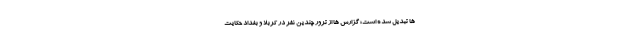
ها تبدیل شده است؛ گزارش ها از ترور چندین نفر در کربلا و بغداد حکایت